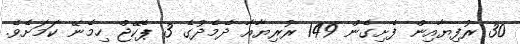
30 ރުފިޔާއިން ފެށިގެން 149 ރުރިޔާއާ ދެމެދުގެ 3 ޕެކޭޖް ހިމެނޭ ކަމަށެވެ.